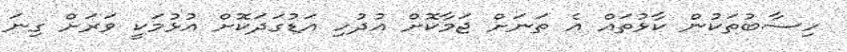
ހިސާބުތަކުން ކާޅުތައް އެ ތަނަށް ޖަމާކޮށް އުދުހި އަޑުގަދަކޮށް އުޅުމަކީ ވަރަށް ގިނަ